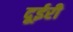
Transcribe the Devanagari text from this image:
दूईरी